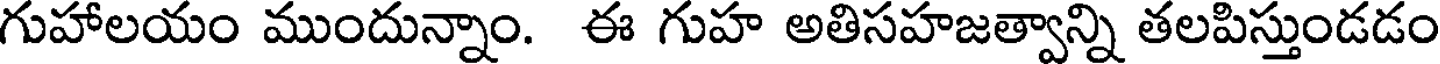
గుహాలయం ముందున్నాం. ఈ గుహ అతిసహజత్వాన్ని తలపిస్తుండడం